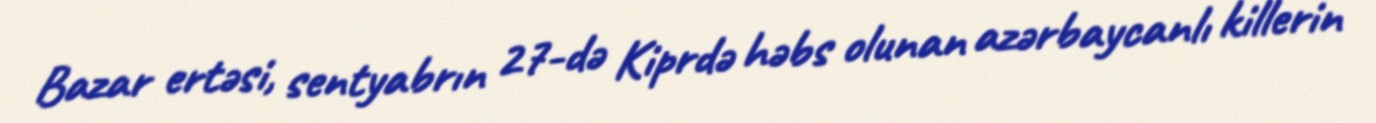
Bazar ertəsi, sentyabrın 27-də Kiprdə həbs olunan azərbaycanlı killerin